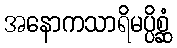
အနောကသာရိမပ္ပိစ္ဆံ